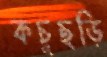
কচুছড়ি